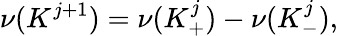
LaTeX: \nu({K^{j+1}})=\nu({K_{+}^{j}})-\nu({K_{-}^{j}}),